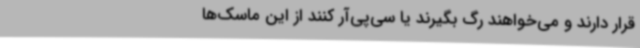
قرار دارند و می‌خواهند رگ بگیرند یا سی‌پی‌آر کنند از این ماسک‌ها